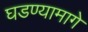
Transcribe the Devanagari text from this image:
घडण्यामागे